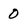
Character: 0